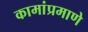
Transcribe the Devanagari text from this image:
कामांप्रमाणे